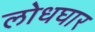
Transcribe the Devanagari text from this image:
लोधघार